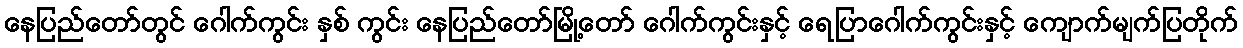
နေပြည်တော်တွင် ဂေါက်ကွင်း နှစ် ကွင်း နေပြည်တော်မြို့တော် ဂေါက်ကွင်းနှင့် ရေပြာဂေါက်ကွင်းနှင့် ကျောက်မျက်ပြတိုက်